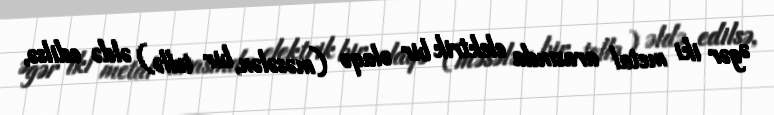
Əgər iki metal arasında elektrik bir əlaqə (məsələn, bir tellə) əldə edilsə,